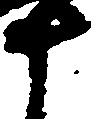
十